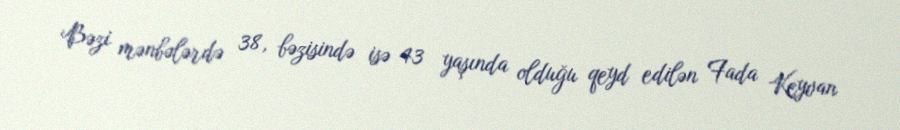
Bəzi mənbələrdə 38, bəzisində isə 43 yaşında olduğu qeyd edilən Fada Keyvan